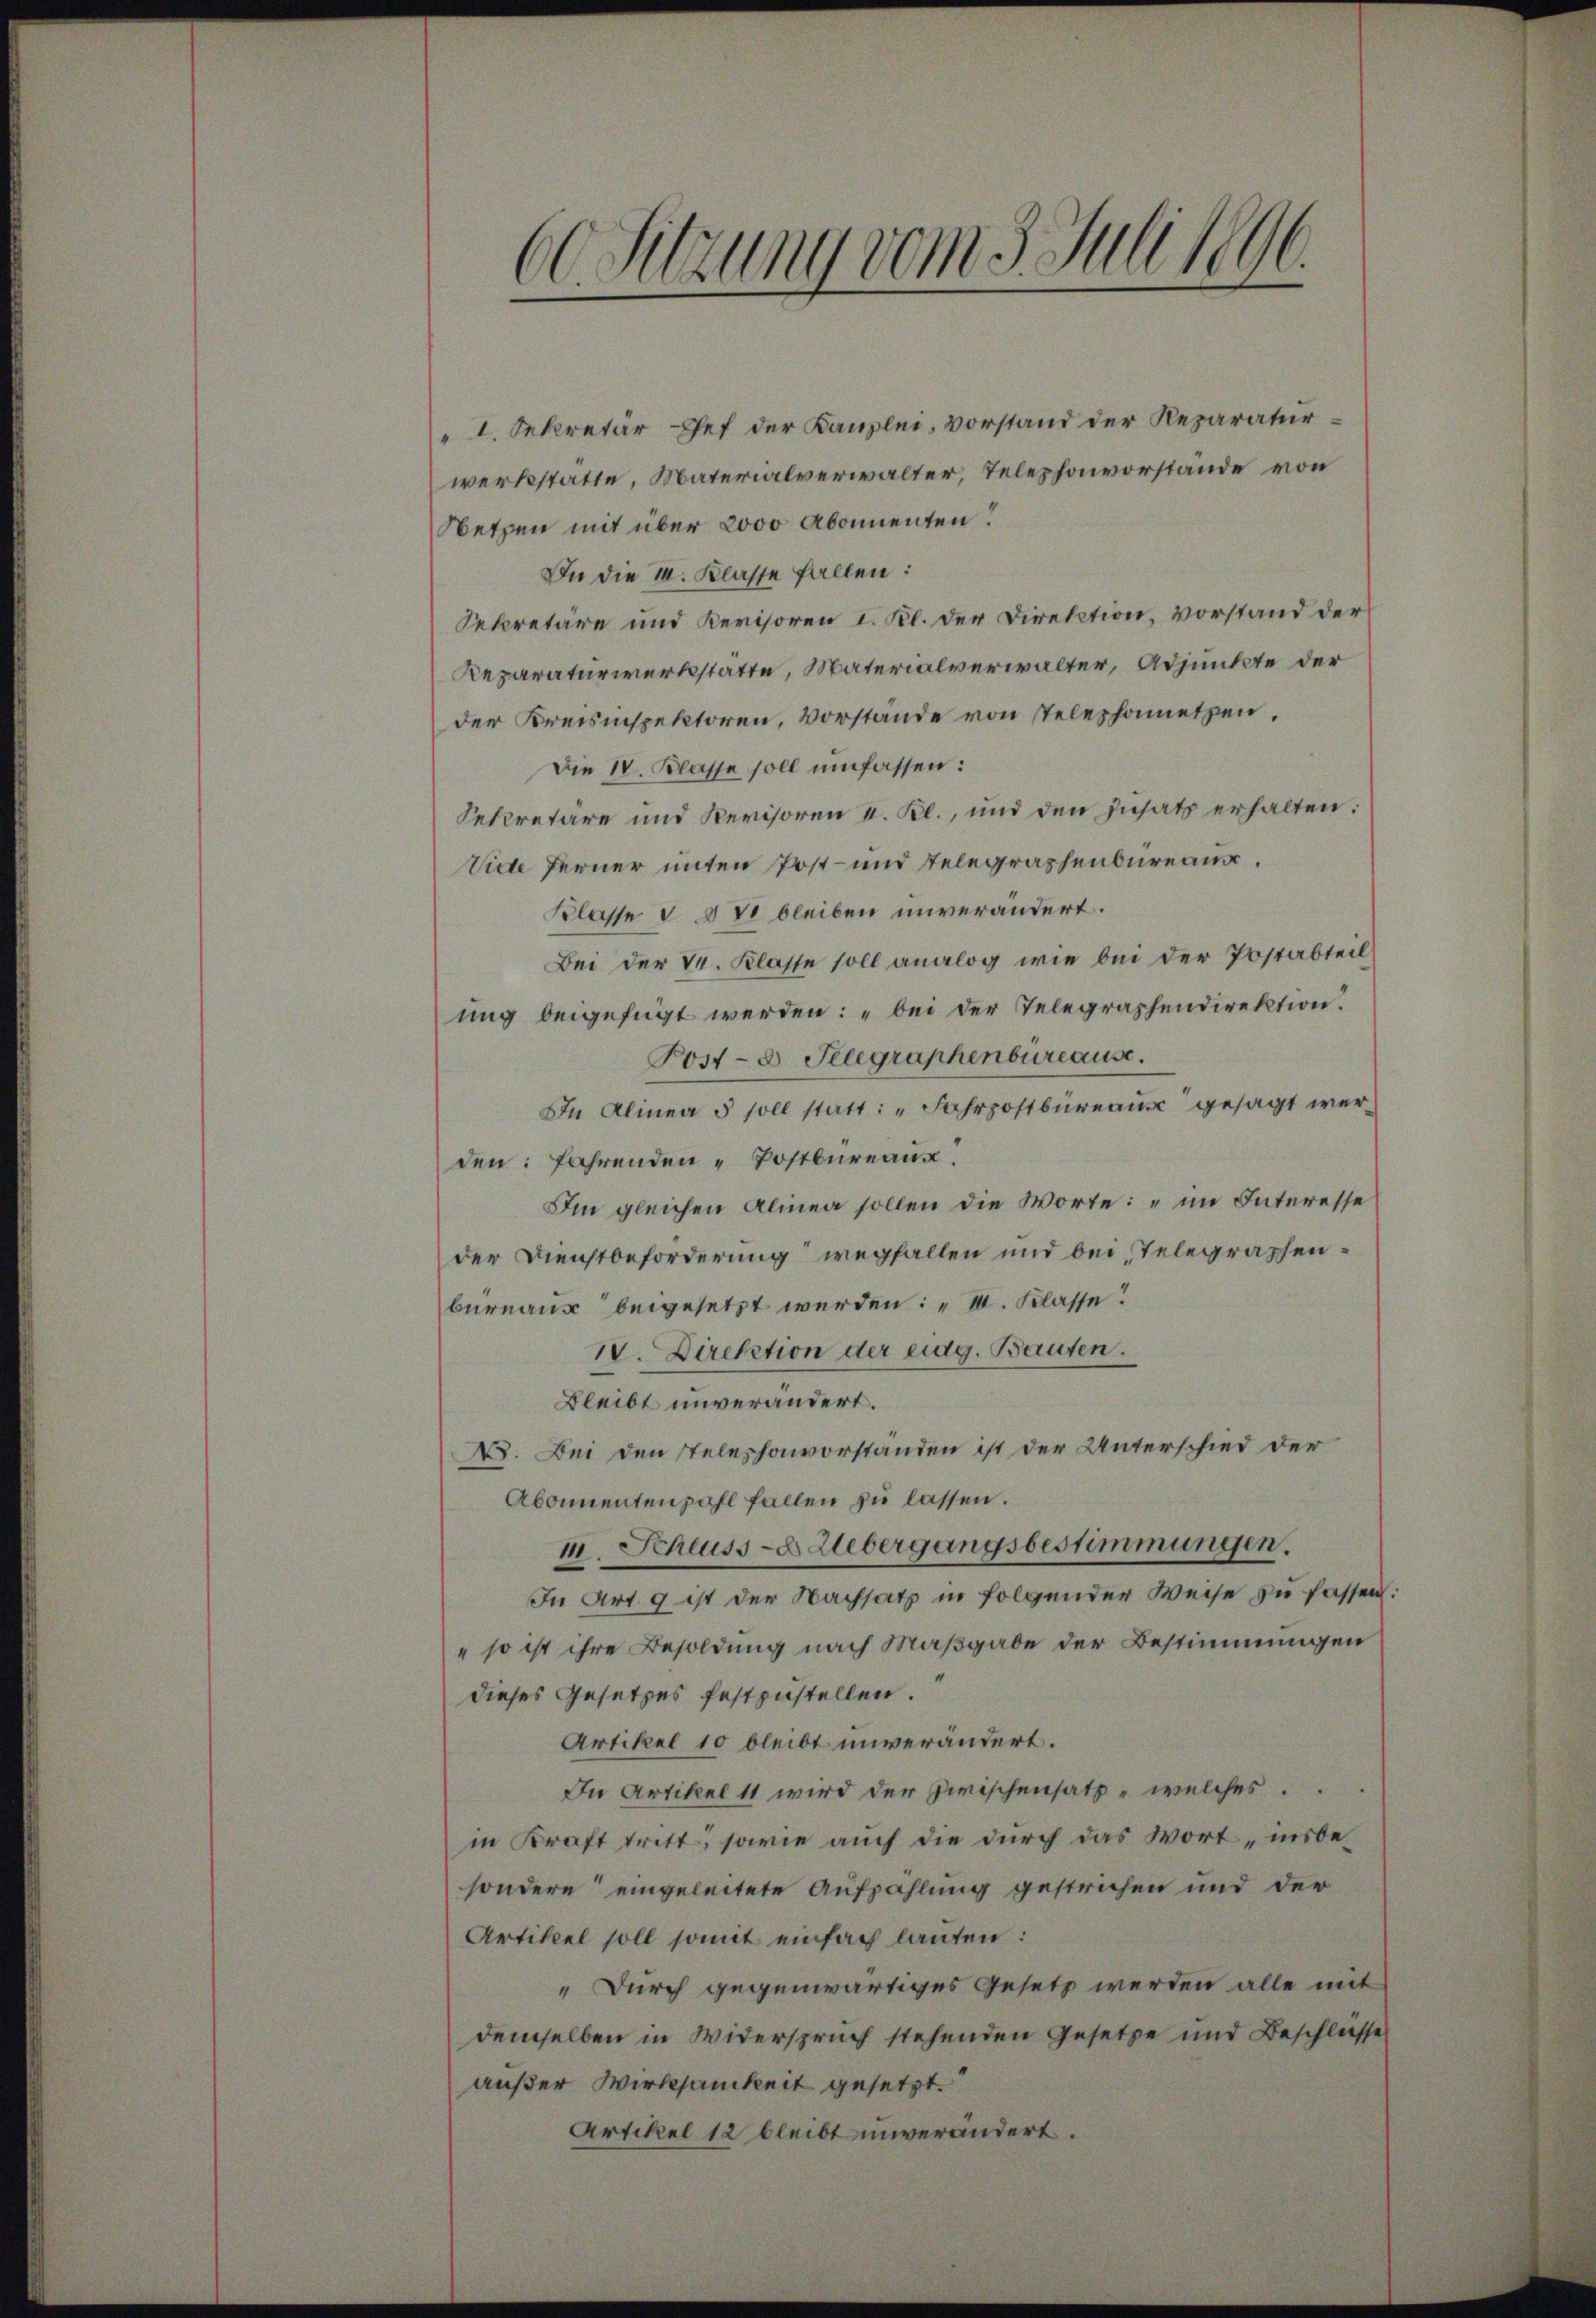
.
60 Sitzung vom 5. Juli 1890.
.

" I. Sekretär Chef der Kanzlei, vorstand der Reparaturwerkstatte, Materialverwalter, Telephonvorstände von
Netzen mit über 2000 Abonnenten.
In die M. Klasse fallen:
Sekretäre und Revisoren I. Kl. der Direktion, vorstand der
Reparaturwerkstatte, Materialverwalter, Adjunkte der
der Kreisinspektoren, Vorstände von Telephonetzen.
Die IV. Klasse soll umfassen:
Sekretäre und Revisoren I. Kl., und den zusatz erhalten:
Viele Ferner unten Post- und Telegraphenbureaux.
Klasse I § 70 bleiben unverändert.
Bei der 4. Klasse soll analog wie bei der Postabteil
ung beigefügt werden: „bei der Telegraphendirektion
Post- 8. Telegraphenbureause.
In Alinea 5 soll statt: „Fahrpostbüreaus gesagt werden: fahrenden Postbureaux
Im gleichen Alinen sollen die Worte: " im Interesse
der Dienstbeforderung wegfallen und bei Telegraphenbureaus beigesetzt werden: „III. Klasse!
IV. Direktion der eidg. Bauten.
Bleibt unverändert.
X. Bei den stelephonvorstanden ist der Unterschied der
Abonnentenzahl fallen zu lassen.
II. Scheuss-Uebergangsbestimmungen.
In Art. 9 ist der Nachsatz in folgender Weise zu fassen:
" so ist ihre Besoldung nach Maßgabe der Bestimmungen
dieses Gesetzes festzustellen.
Artikel 10 bleibt unverändert.
In Artikel 11 wird der Zwischensatz, welches
in Kraft tritt, sowie auch die durch das Wort „insbesondere eingeleitete Aufzählung gestrichen und der
Artikel soll somit einfach lauten:
„Durch gegenwärtiges Gesetz werden alle mit
demselben in Widerspruch stehenden Gesetze und Beschlüsse
außer Wirksamkeit gesetzt.
Artikel 12 bleibt unverändert.